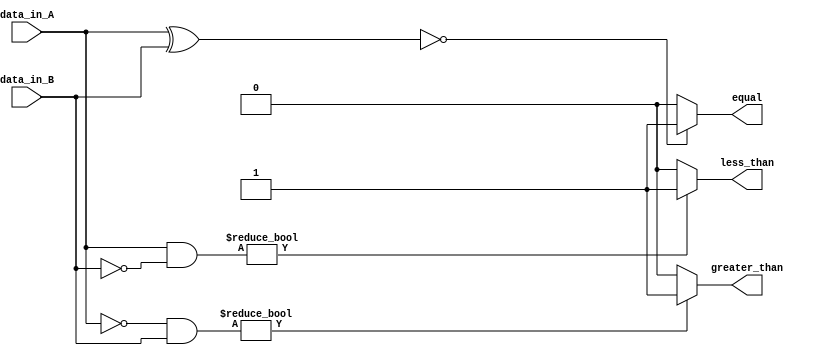
module parallel_comparator(
    input [7:0] data_in_A,
    input [7:0] data_in_B,
    output equal,
    output less_than,
    output greater_than
);

wire [7:0] equal_bits;
wire [7:0] less_than_bits;
wire [7:0] greater_than_bits;

assign equal_bits = data_in_A ^ data_in_B;
assign less_than_bits = data_in_A & (~data_in_B);
assign greater_than_bits = (~data_in_A) & data_in_B;

assign equal = (equal_bits == 8'b00000000) ? 1'b1 : 1'b0;
assign less_than = (less_than_bits != 8'b00000000) ? 1'b1 : 1'b0;
assign greater_than = (greater_than_bits != 8'b00000000) ? 1'b1 : 1'b0;

endmodule